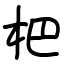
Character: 杷